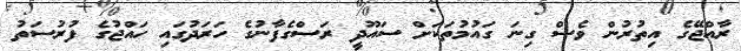
ރާއްޖޭގެ އިތުރުން ވެސް ގިނަ ގައުމުތަކަށް ސައޫދީ ރަސްގެފާނުގެ ހަރަދުގައި ހައްޖުގެ ފުރުސަތު